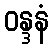
ဝန္ဒနံ